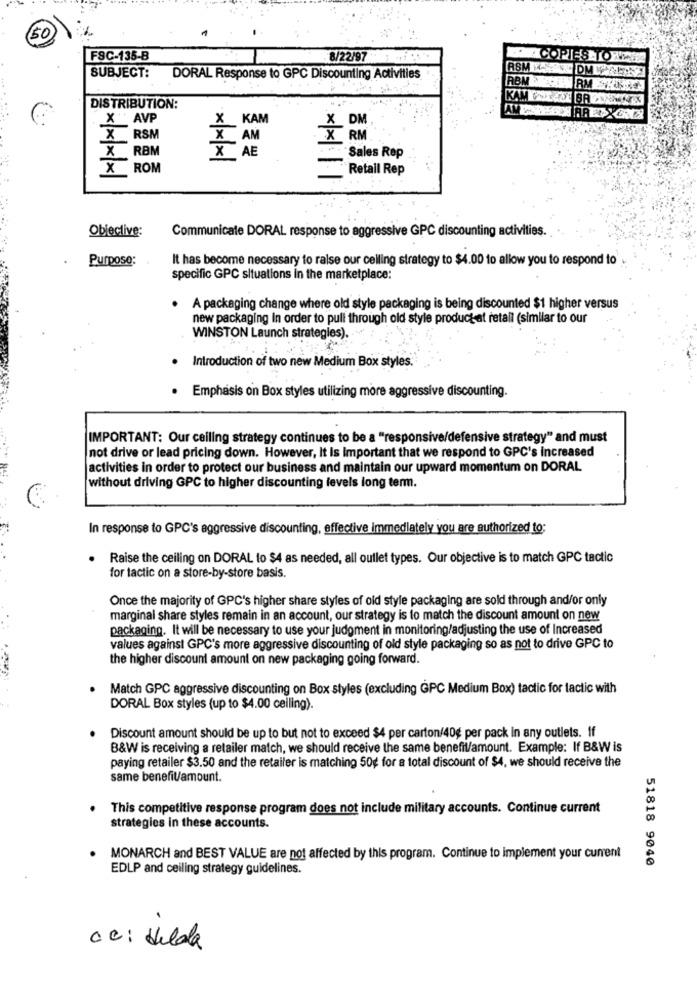
FSC-135-B
8/22/97 :....
COPIES TOWNE
SUBJECT:
DORAL Response to GPC Discounting Activities
ABM
DISTRIBUTION:
X AVP
x
KAM
X DM
X RSM
AM
X RM
X RBM
X AE
Sales Rep
KROM
-
Retail Rep
Objective:
Communicate DORAL response to aggressive GPC discounting activities.
Purpose:
It has become necessary to raise our ceiling strategy to $4.00 to allow you to respond to
specific GPC situations in the marketplace:
A packaging change where old style packaging is being discounted $1 higher versus
new packaging In order to pull through old style productat retali (similar to our
WINSTON Launch strategies).
Introduction of two new Medium Box styles.
· Emphasis on Box styles utilizing more aggressive discounting.
IMPORTANT: Our ceiling strategy continues to be a "responsive/defensive strategy" and must
not drive or lead pricing down. However, It Is Important that we respond to GPC's increased
activities in order to protect our business and maintain our upward momentum on DORAL
without driving GPC to higher discounting levels long term.
In response to GPC's aggressive discounting, effective immediately you are authorized to:
Raise the ceiling on DORAL to $4 as needed, all outlet types. Our objective is to match GPC tactic
for tactic on a store-by-store basis.
Once the majority of GPC's higher share styles of old style packaging are sold through and/or only
marginal share styles remain in an account, our strategy is to match the discount amount on new
packaging. It will be necessary to use your judgment in monitoring/adjusting the use of Increased
values against GPC's more aggressive discounting of old style packaging so as not to drive GPC to
the higher discount amount on new packaging going forward.
Match GPC aggressive discounting on Box styles (excluding GPC Medium Box) tactic for tactic with
DORAL Box styles (up to $4.00 ceiling).
Discount amount should be up to but not to exceed $4 per carton/40g per pack in any outlets. If
B&W is receiving a retailer match, we should receive the same benefit/amount. Example: If B&W is
paying retailer $3.50 and the retailer is matching 50g for a total discount of $4, we should receive the
same benefiV/amount.
This competitive response program does not include military accounts. Continue current
strategies in these accounts.
MONARCH and BEST VALUE are not affected by this program. Continue to implement your current
51818 9040
EDLP and ceiling strategy guidelines.
.
ce: Hilda